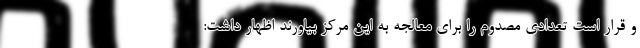
و قرار است تعدادی مصدوم را برای معالجه به این مرکز بیاورند اظهار داشت: